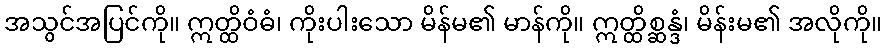
အသွင်အပြင်ကို။ ဣတ္ထိဝံဓံ၊ ကိုးပါးသော မိန်မ၏ မာန်ကို။ ဣတ္ထိစ္ဆန္ဒံ၊ မိန်းမ၏ အလိုကို။